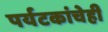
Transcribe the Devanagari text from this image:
पर्यटकांचेही